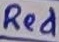
Text: Red